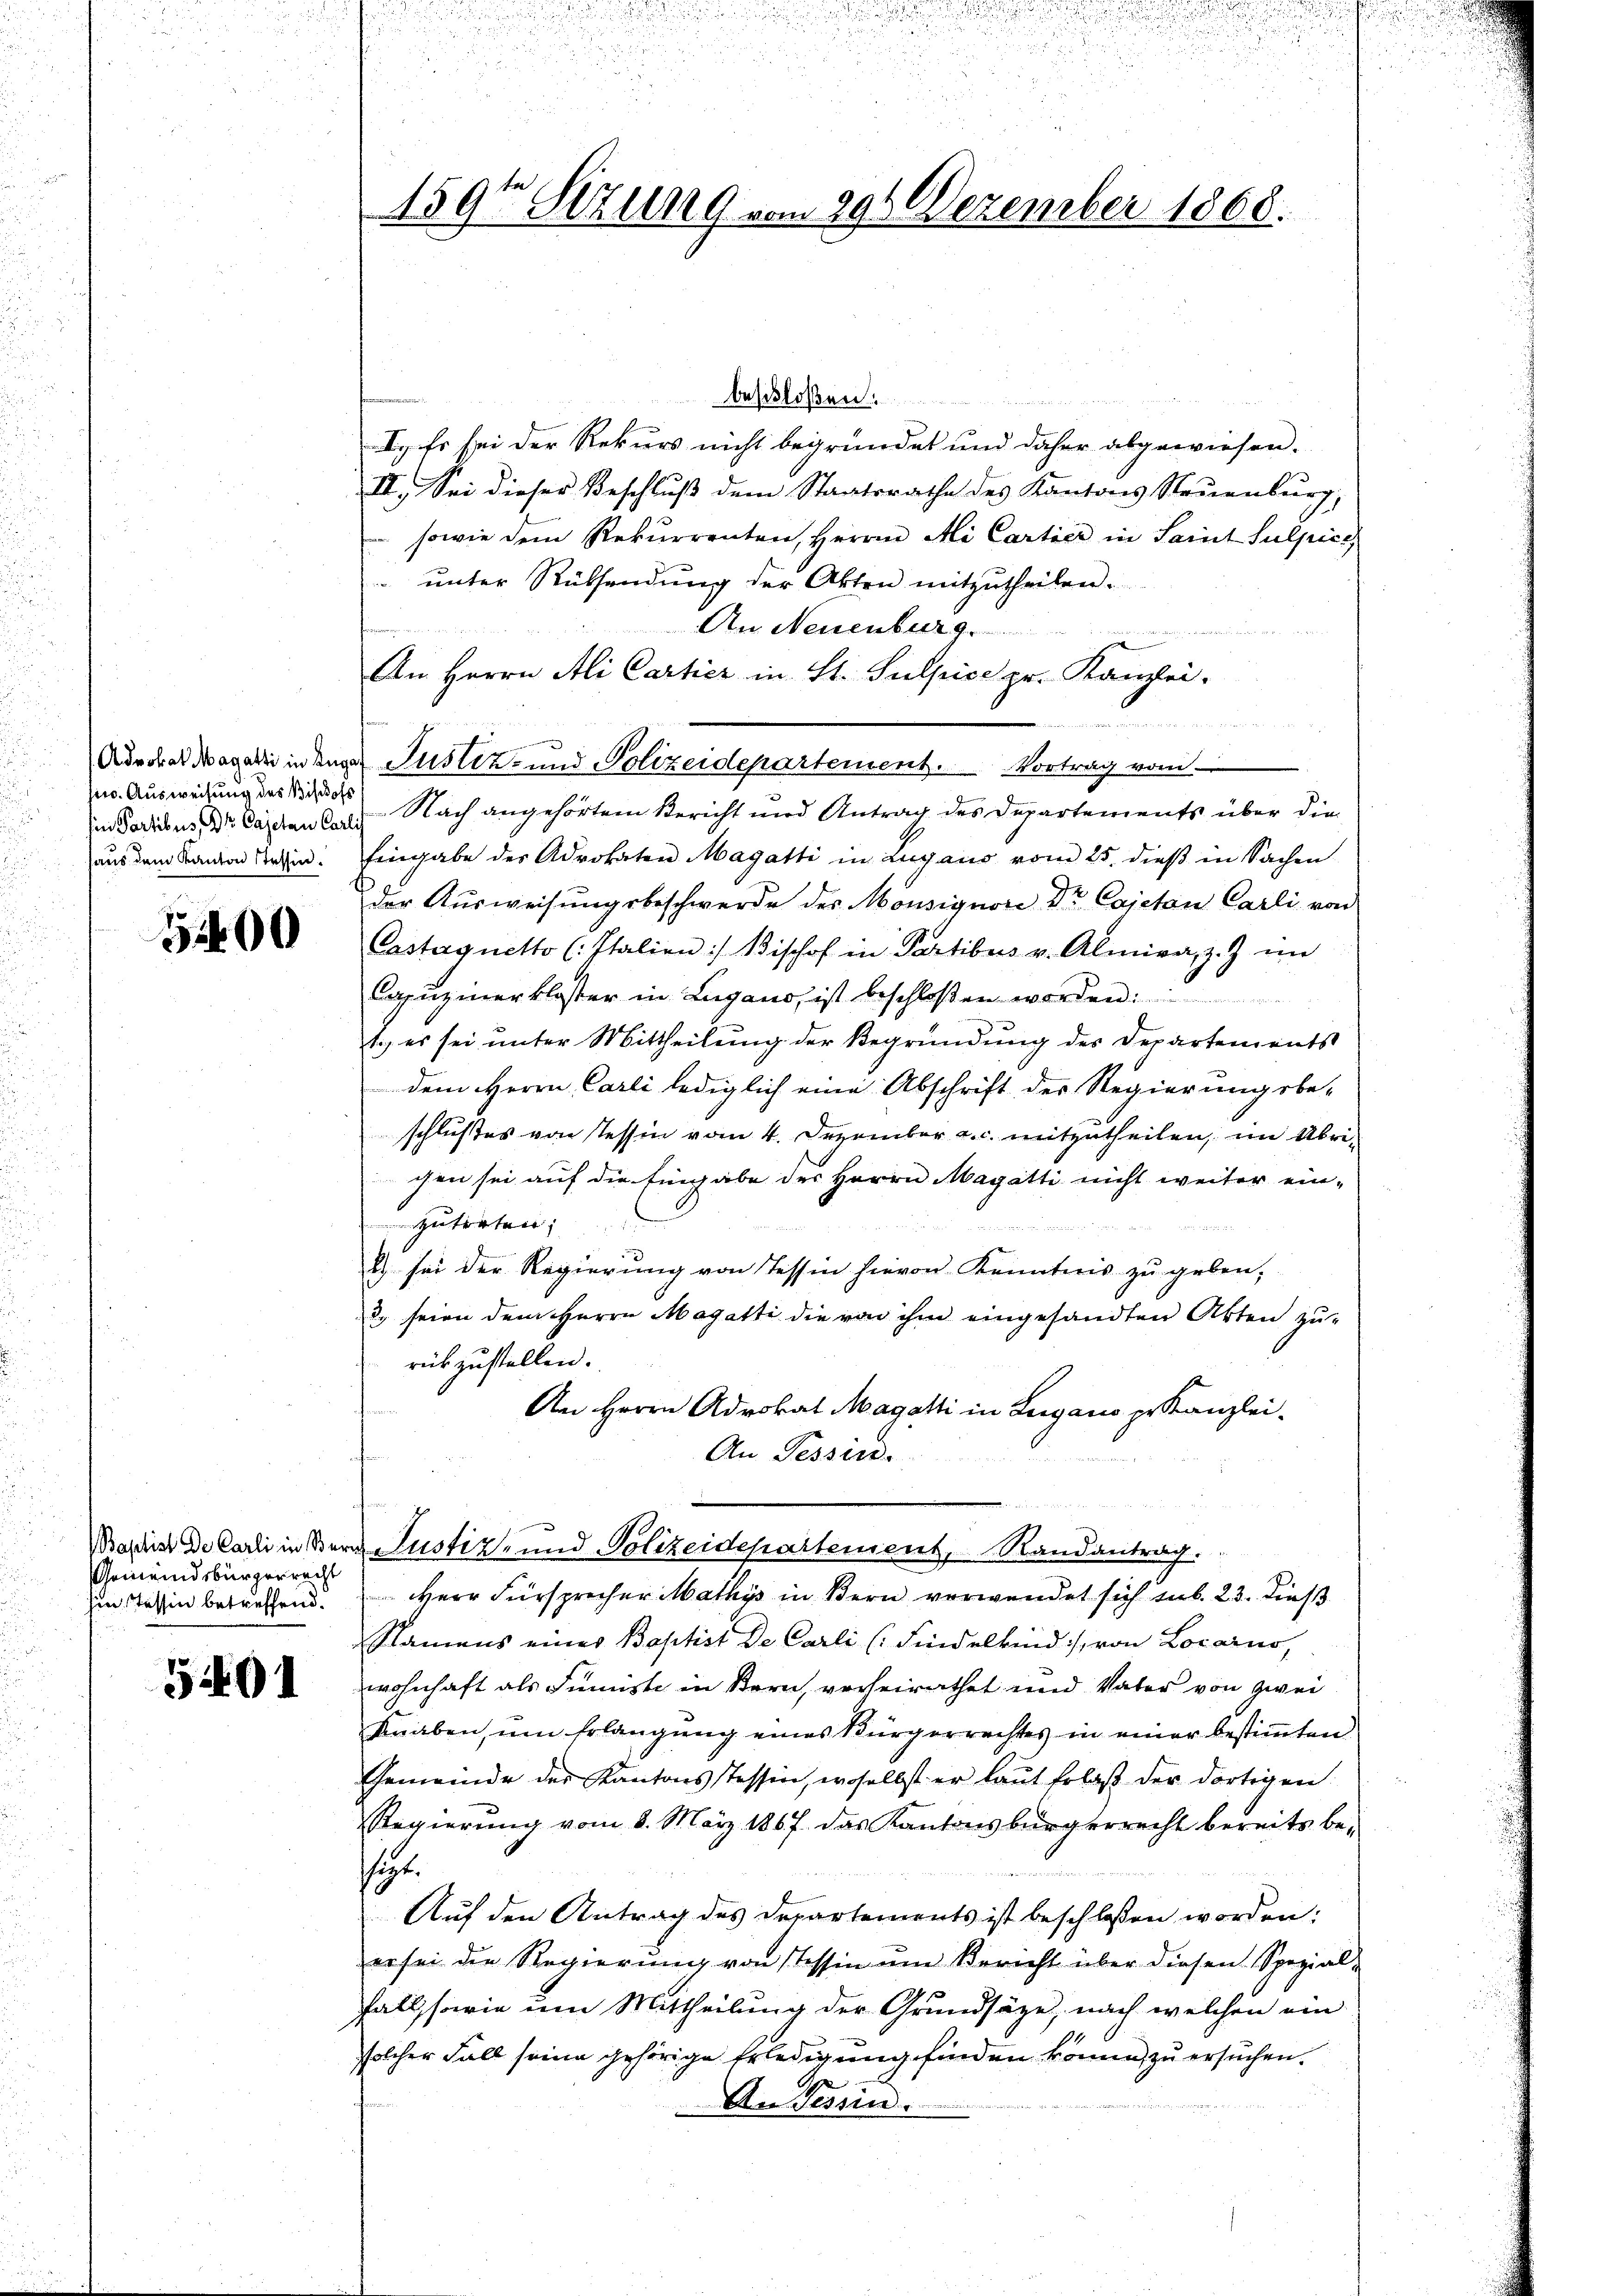
sin. Ausweisung des Bischofs
haus dem Kanton Tessin.

5400

Gemeindsbürgerrecht
hin Tessin betreffend.

5401

beschlossen.
I. Es sei der Rekurs nicht begründet und daher abgewiesen.
II. Sei dieser Beschluß dem Staatsrathe des Kantons Neuenburg,
 sowie dem Rekurrenten, Herrn Ai Cartier in Saint Sulpice
unter Rüksendung der Akten mitzutheilen.
An Neuenburg.

e
An Herrn Ali Cartier in St. Sulpice pr. Kanzlei-
in Dachbus, Dr. Casten lag. Nach angehörtem Bericht und Antrag des Departements über die
Eingabe des Advokaten Magatti in Lugano vom 25. dieß in Sachen
der Ausweisungsbeschwerde des Monsignore Dr. Cajetan Carli von
Castaquetto (: Italien :/ Vischof in Partibus v. Almiva, z. Z. im
Capuzinerkloster in Lugano, ist beschloßen worden.
1. es sei unter Mittheilung der Begründung des Departements
dem Herrn Carli lediglich eine Abschrift des Regierungsbe-
schlußes von Tessin vom 4. Dezember a. c. mitzutheilen, im Übrichen sei auf die Eingabe der Herrn Magatti nicht weiter ein-
zutreten;
d

2) sei der Regierung von Tessin hievon Kenntnis zu geben.
3. seien dem Herrn Magatti die von ihm eingesandten Akten zu-
rükzustellen.
An Herrn Advokat Magatti in Lugano pr Kanzlei-
An Tessin.
n
Waschist de Carli in Bern Justiz- und Polizeidepartement, Randantrag.
HHerr Fürsprecher Mathys in Bern verwendet sich sub. 23. dieß
Namens einer Baptist de Carli (Findelkind, von Locarno,
wohnhaft als Juniste in Stern, verheirathet und Vater von zwei
knaben, um Erlangung eines Bürgerrechtes in einer bestimmten
Gemeinde der Kantonsstessin, woselbst er laŭt Erlaβ der dortigen
Regierung vom 8. März 1867 das Kantonsbürgerrecht bereits be-
stigt.
Auf den Antrag des Departements ist beschlossen worden:
er sei die Regierung von Tessin um Bericht über diesen Spezial-
fallssarie um Mittheilung der Grundsätze, nach welchen ein
solcher Fall seine gehörige Erledigung finden könne, zu ersuchen.
An Tessin.

1591 Sizung vom 296 Dezember 1868.

Advokat Magalli in anger Justiz- und Polizeidepartement. Vortrag vom